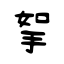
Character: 挐